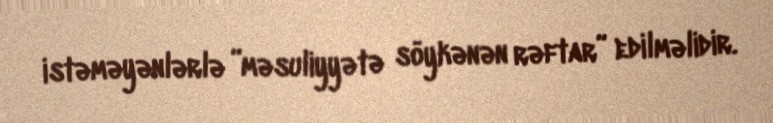
istəməyənlərlə ”məsuliyyətə söykənən rəftar” edilməlidir.